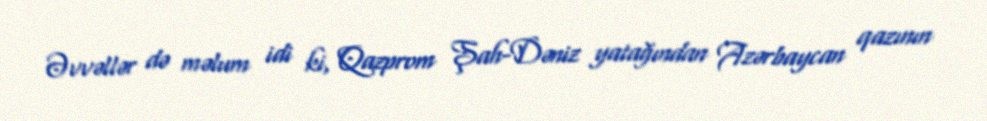
Əvvəllər də məlum idi ki, Qazprom Şah-Dəniz yatağından Azərbaycan qazının